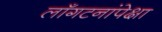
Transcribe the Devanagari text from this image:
लाँगटनांपेक्षा